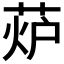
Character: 𦲊